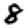
Digit: 8